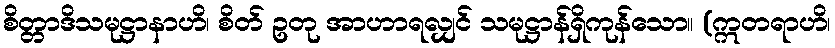
စိတ္တာဒိသမုဋ္ဌာနာဟိ၊ စိတ် ဥတု အာဟာရလျှင် သမုဋ္ဌာန်ရှိကုန်သော။ (ဣတရာဟိ၊